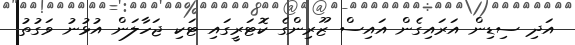
އަދި ސިޑިން އަރައިގެން އައިސް ޒޫރިންގެ ކޮޓަރީގައި ޓަކި ޖަހާލަން އުޅުނު ވަގުތު